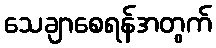
သေချာစေရန်အတွက်